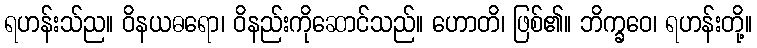
ရဟန်းသ်ည။ ဝိနယဓရော၊ ဝိနည်းကိုဆောင်သည်။ ဟောတိ၊ ဖြစ်၏။ ဘိက္ခဝေ၊ ရဟန်းတို့။